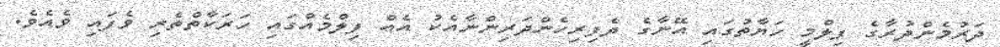
ދަރުމެންދުރާގެ ފިލްމީ ހަޔާތުގައި އޭނާގެ ދެފިރިހެންދަރިންނާއެކު އެއް ފިލްމެއްގައި ހަރަކާތްތެރި ވެފައި ވެއެވެ.